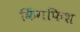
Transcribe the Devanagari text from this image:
किंगफिश